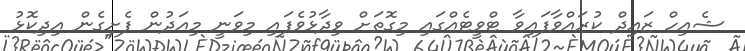
ޝެއިހް ޒައިދް ކުރައްވާފައިވާ ޓްވީޓެއްގައި މިގޮތަށް ވިދާޅުވެފައި މިވަނީ މިއަދުން ފެށިގެން އިދިކޮޅު